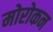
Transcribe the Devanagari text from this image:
मोरोकन